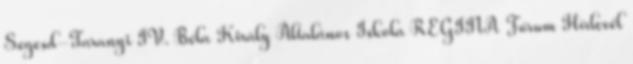
Segesd-Taranyi IV. Béla Király Általános Iskola REGINA Fórum Hírlevél